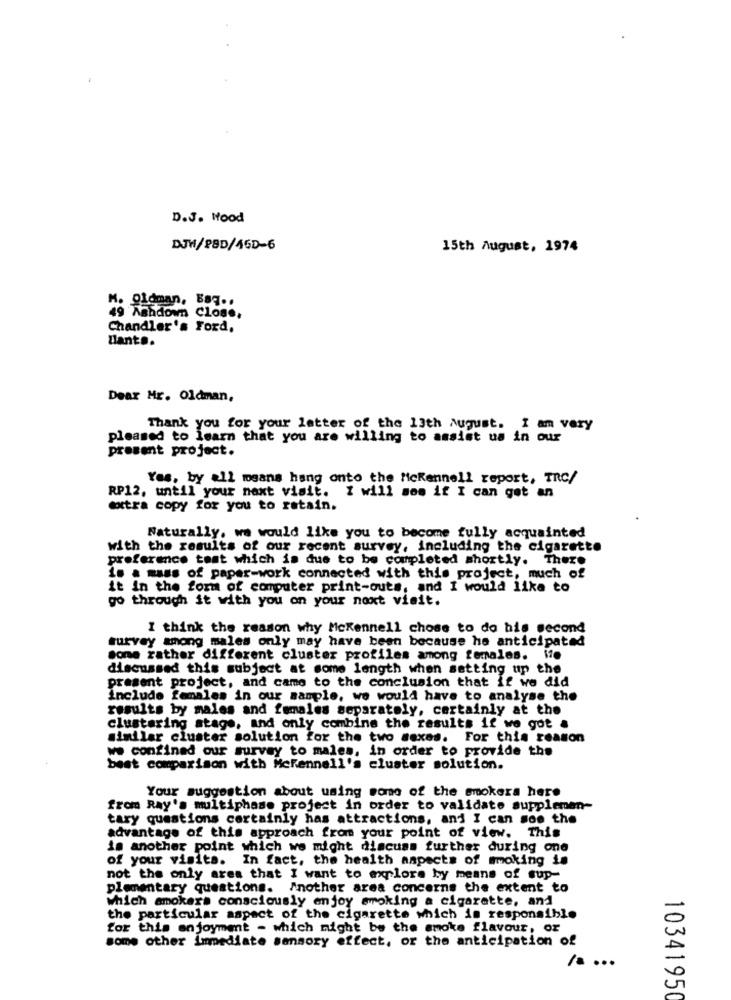
D.J. Hood
DJW/PSD/45D-6
15th August, 1974
M. Oldman, Baq ..
49 Ashdown Close,
Chandler's Ford,
Lant ..
Dear Mr. Oldman,
Thank you for your letter of the 13th August. I am very
pleased to learn that you are willing to assist us in our
present project.
Yes, by all means hang onto the MeKennell report, TRC/
RP12, until your next visit. I will som if I can get an
extra copy for you to retain.
Naturally. we would like you to become fully acquainted
with the results of our recent survey, including the cigarette
preference tost which is due to be completed shortly. There
is a mass of paper-work connected with this project, much of
it in the form of computer print-outs, and I would like to
go through it with you on your next visit.
I think the reason why Mckennell chose to do his second
survey among males only may have been because he anticipated
sone zather different cluster profiles among females. Me
discussed this subject at some length when setting up the
present project, and came to the conclusion that if we did
include females in our sample, we would have to analyse the
results by males and females separately, certainly at the
clustering stage, and only combine the results if we got a
similar cluster solution for the two sexes. For this reason
we confined our survey to males, in order to provide the
best comparison with Mefennell's cluster solution.
Your suggestion about using some of the smokers here
from Ray's multiphase project in order to validate supplemen-
tary questions certainly has attractions, and I can soe the
advantage of this approach from your point of view. This
is another point which we might discuss further during one
of your visits. In fact, the health aspects of moking is
not the only ares that I want to explore by means of sup-
plementary questions. Another area concerns the extent to
which smokers consciously enjoy smoking a cigarette, and
the particular aspect of the cigarette which is responsible
for this enjoyment - which might be the smoke flavour, or
some other immediate sensory effect, or the anticipation of
/a ...
10341950